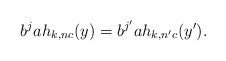
\begin{align*}b^ja h_{k,nc}(y)=b^{j'}ah_{k,n'c}(y').\end{align*}